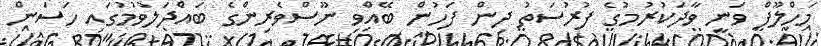
މަހްލޫފް ވަނީ ވާދަކުރުމުގެ ފުރުސަތު ދިން ފަހުން ބޭއްވި ނޫސްވެރިންގެ ބައްދަލުވުމުގައި ހަސަން